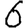
Digit: 6